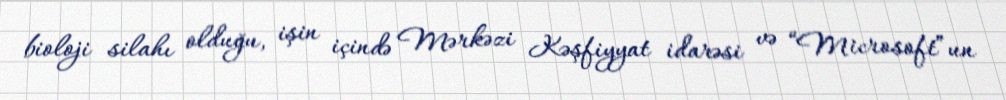
bioloji silahı olduğu, işin içində Mərkəzi Kəşfiyyat idarəsi və “Microsoft”un